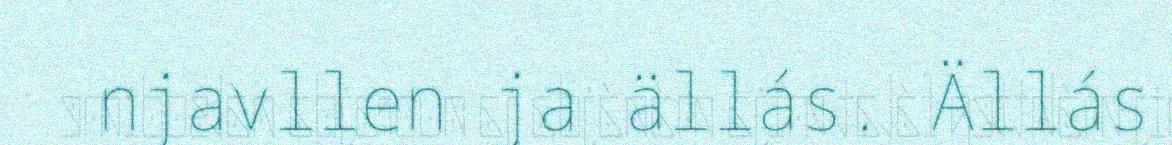
njavllen ja ällás. Ällás